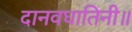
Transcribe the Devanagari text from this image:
दानवघातिनी॥